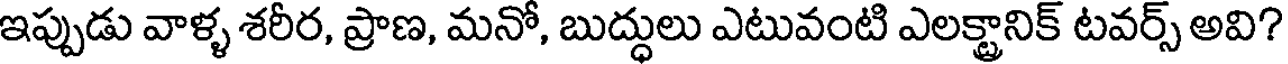
ఇప్పుడు వాళ్ళ శరీర, ప్రాణ, మనో, బుద్ధులు ఎటువంటి ఎలక్ట్రానిక్ టవర్స్ అవి?